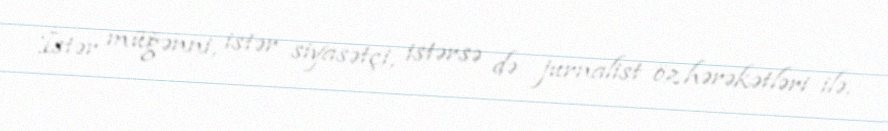
İstər müğənni, istər siyasətçi, istərsə də jurnalist öz hərəkətləri ilə,